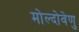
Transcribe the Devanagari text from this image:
मोल्दोवेणु